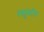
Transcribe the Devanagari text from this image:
वस्तूंवरील